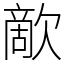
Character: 歒